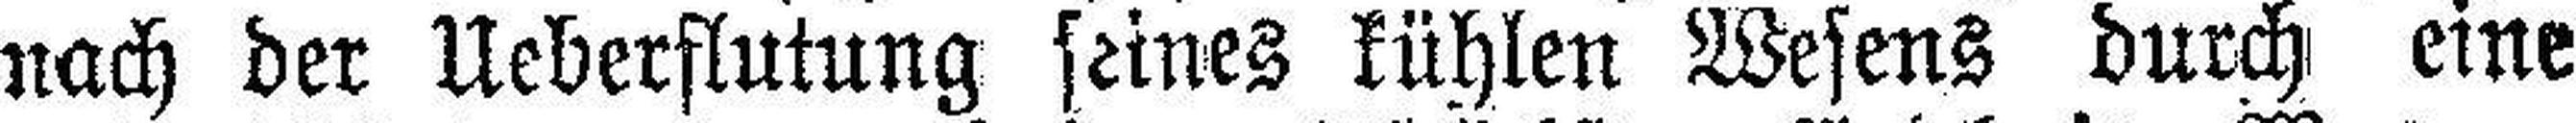
nach der Ueberflutung seines kühlen Wesens durch eine